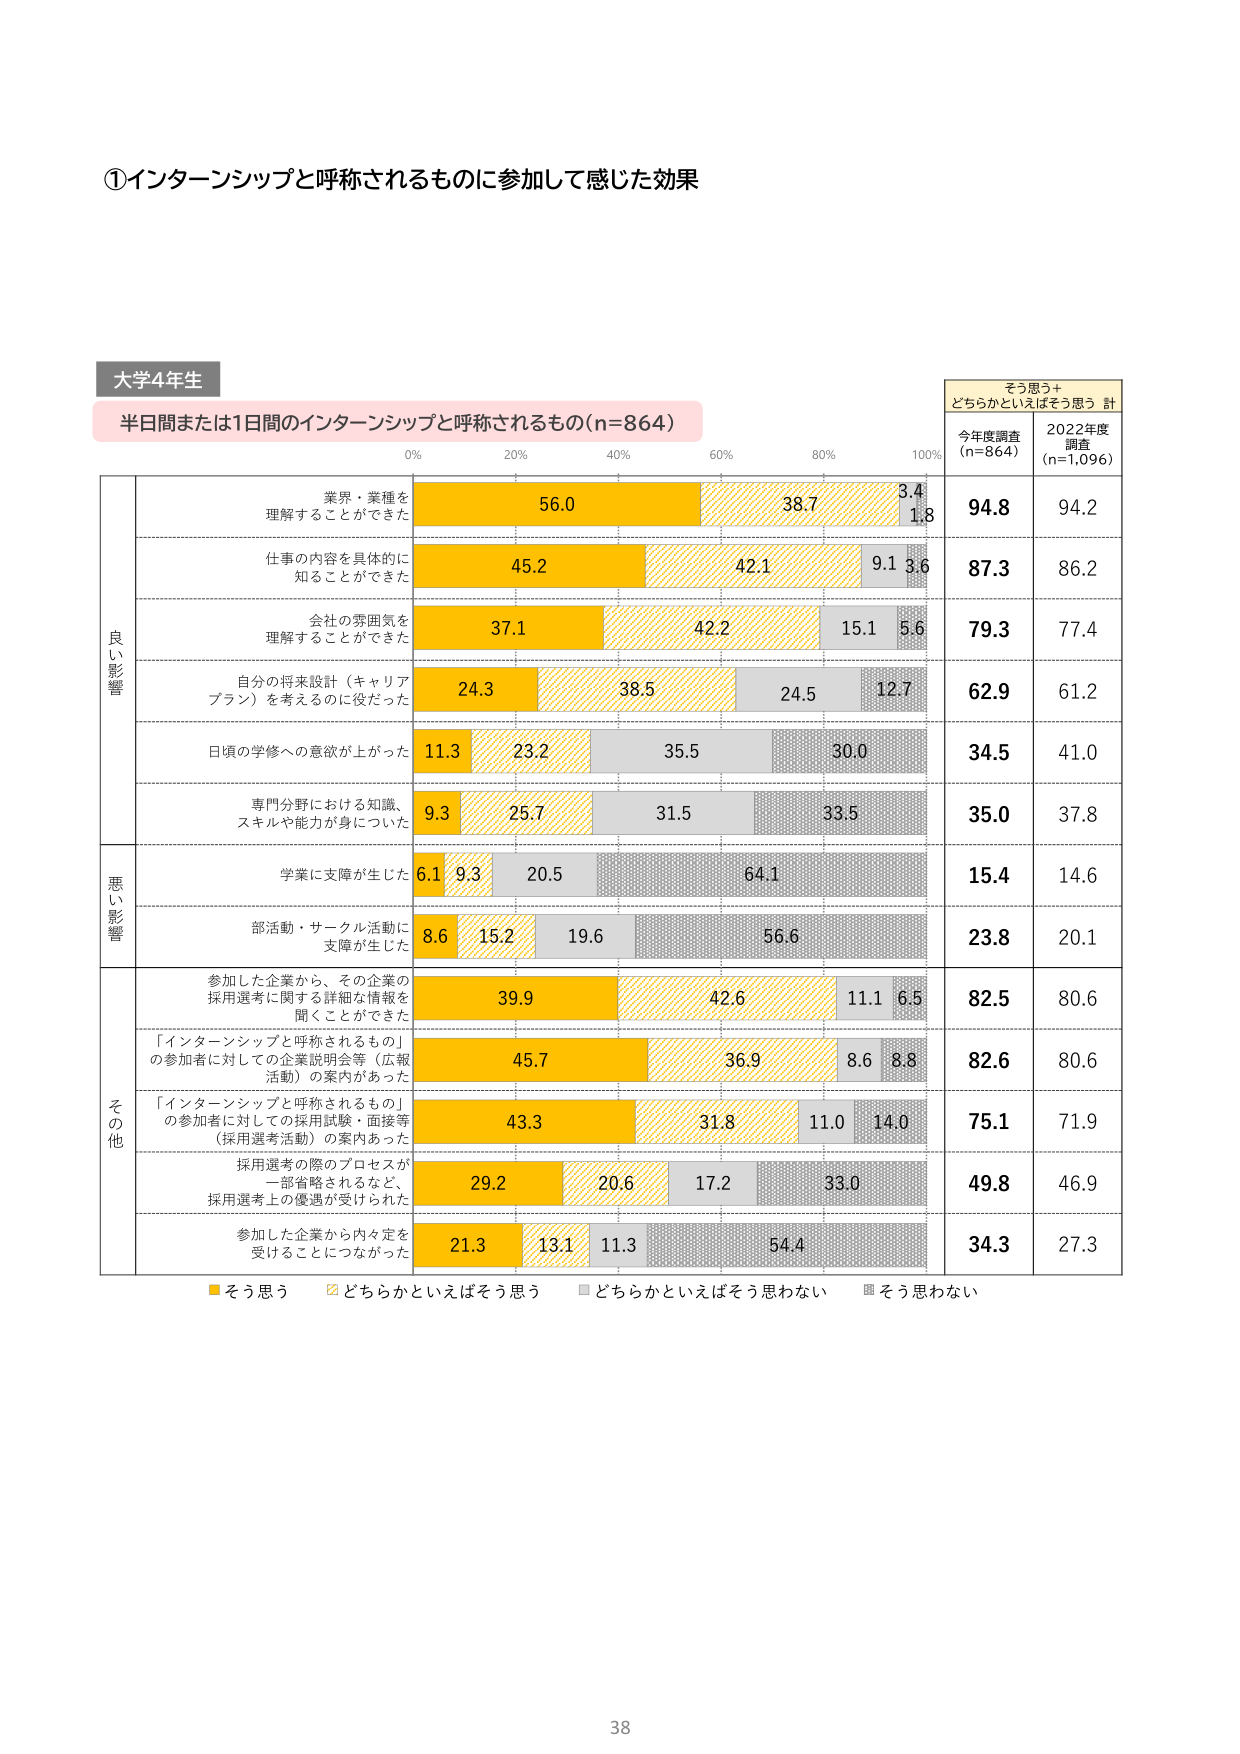
①インターンシップと呼称されるものに参加して感じた効果

大学4年生

半日間または1日間のインターンシップと呼称されるもの(n=864)

0% 20% 40% 60% 80% 100%

そう思う＋どちらかといえばそう思う 計
今年度調査 (n=864) 2022年度調査 (n=1,096)

良い影響
業界・業種を理解することができた 56.0 38.7 3.4 1.8 94.8 94.2
仕事の内容を具体的に知ることができた 45.2 42.1 9.1 3.6 87.3 86.2
会社の雰囲気を理解することができた 37.1 42.2 15.1 5.6 79.3 77.4
自分の将来設計（キャリアプラン）を考えるのに役だった 24.3 38.5 24.5 12.7 62.9 61.2
日頃の学修への意欲が上がった 11.3 23.2 35.5 30.0 34.5 41.0
専門分野における知識、スキルや能力が身についた 9.3 25.7 31.5 33.5 35.0 37.8

悪い影響
学業に支障が生じた 6.1 9.3 20.5 64.1 15.4 14.6
部活動・サークル活動に支障が生じた 8.6 15.2 19.6 56.6 23.8 20.1

その他
参加した企業から、その企業の採用選考に関する詳細な情報を聞くことができた 39.9 42.6 11.1 6.5 82.5 80.6
「インターンシップと呼称されるもの」の参加者に対しての企業説明会等（広報活動）の案内があった 45.7 36.9 8.6 8.8 82.6 80.6
「インターンシップと呼称されるもの」の参加者に対しての採用試験・面接等（採用選考活動）の案内あった 43.3 31.8 11.0 14.0 75.1 71.9
採用選考の際のプロセスが一部省略されるなど、採用選考上の優遇が受けられた 29.2 20.6 17.2 33.0 49.8 46.9
参加した企業から内々定を受けることにつながった 21.3 13.1 11.3 54.4 34.3 27.3

■そう思う □どちらかといえばそう思う ■どちらかといえばそう思わない ■そう思わない

38